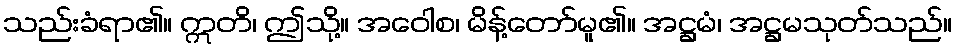
သည်းခံရာ၏။ ဣတိ၊ ဤသို့။ အဝေါစ၊ မိန့်တော်မူ၏။ အဋ္ဌမံ၊ အဋ္ဌမသုတ်သည်။